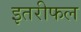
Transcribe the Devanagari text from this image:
इतरीफल